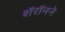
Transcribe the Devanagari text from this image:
शॅरॉनने